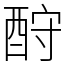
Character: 酧